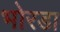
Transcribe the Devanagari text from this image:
भोरडा